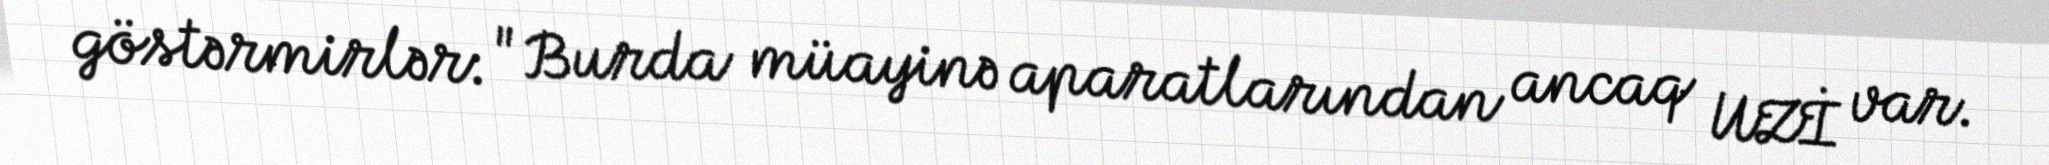
göstərmirlər: "Burda müayinə aparatlarından ancaq UZİ var.